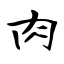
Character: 肉